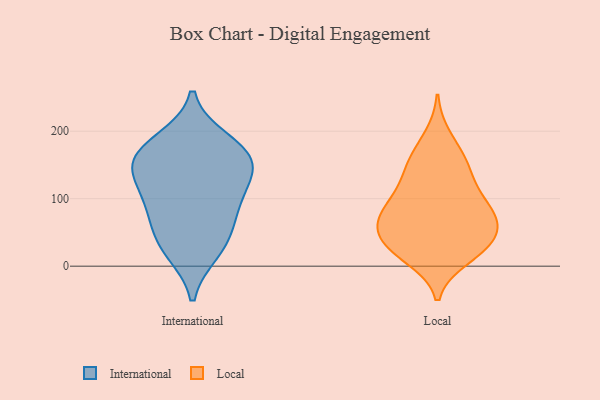
{"axis": {"x": "Backlog", "y": "Value"}, "legend": ["International", "Local"], "data": [{"x": "", "y": 145, "type": "International"}, {"x": "", "y": 186, "type": "International"}, {"x": "", "y": 139, "type": "International"}, {"x": "", "y": 157, "type": "International"}, {"x": "", "y": 54, "type": "International"}, {"x": "", "y": 159, "type": "International"}, {"x": "", "y": 94, "type": "International"}, {"x": "", "y": 82, "type": "International"}, {"x": "", "y": 22, "type": "International"}, {"x": "", "y": 110, "type": "International"}, {"x": "", "y": 30, "type": "International"}, {"x": "", "y": 176, "type": "International"}, {"x": "", "y": 151, "type": "Local"}, {"x": "", "y": 24, "type": "Local"}, {"x": "", "y": 27, "type": "Local"}, {"x": "", "y": 79, "type": "Local"}, {"x": "", "y": 57, "type": "Local"}, {"x": "", "y": 33, "type": "Local"}, {"x": "", "y": 59, "type": "Local"}, {"x": "", "y": 152, "type": "Local"}, {"x": "", "y": 113, "type": "Local"}, {"x": "", "y": 158, "type": "Local"}, {"x": "", "y": 192, "type": "Local"}, {"x": "", "y": 98, "type": "Local"}, {"x": "", "y": 56, "type": "Local"}, {"x": "", "y": 121, "type": "Local"}, {"x": "", "y": 82, "type": "Local"}, {"x": "", "y": 12, "type": "Local"}, {"x": "", "y": 81, "type": "Local"}, {"x": "", "y": 21, "type": "Local"}, {"x": "", "y": 60, "type": "Local"}]}